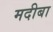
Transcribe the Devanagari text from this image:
मदीबा